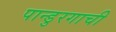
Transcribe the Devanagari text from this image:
पान्डुरगाची